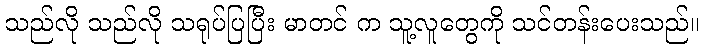
သည်လို သည်လို သရုပ်ပြပြီး မာတင် က သူ့လူတွေကို သင်တန်းပေးသည်။